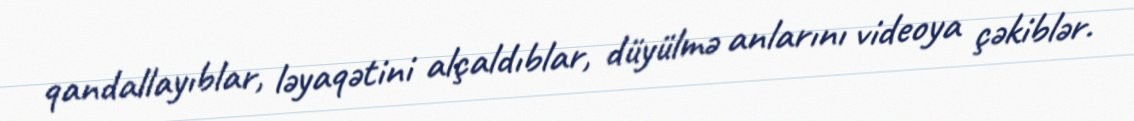
qandallayıblar, ləyaqətini alçaldıblar, düyülmə anlarını videoya çəkiblər.